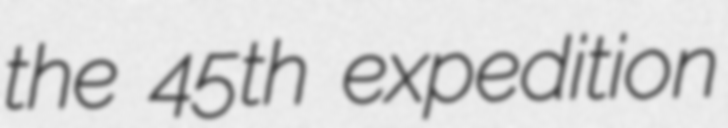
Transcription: the 45th expedition